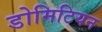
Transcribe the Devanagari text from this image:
डोमिटियन